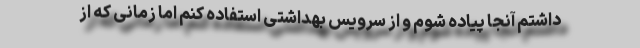
داشتم آنجا پیاده شوم و از سرویس بهداشتی استفاده کنم اما زمانی که از